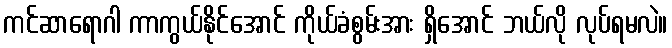
ကင်ဆာရောဂါ ကာကွယ်နိုင်အောင် ကိုယ်ခံစွမ်းအား ရှိအောင် ဘယ်လို လုပ်ရမလဲ။